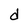
Character: d